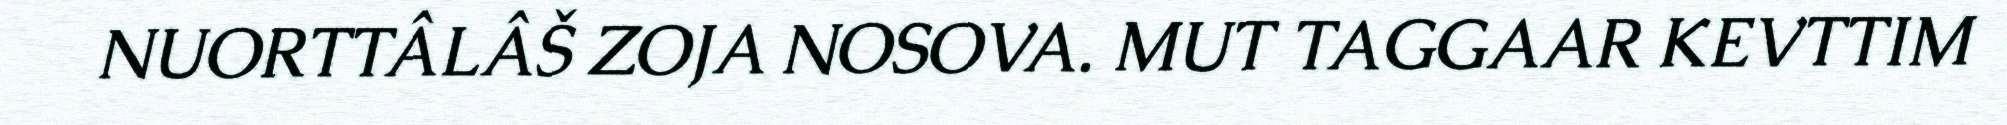
NUORTTÂLÂŠ ZOJA NOSOVA. MUT TAGGAAR KEVTTIM